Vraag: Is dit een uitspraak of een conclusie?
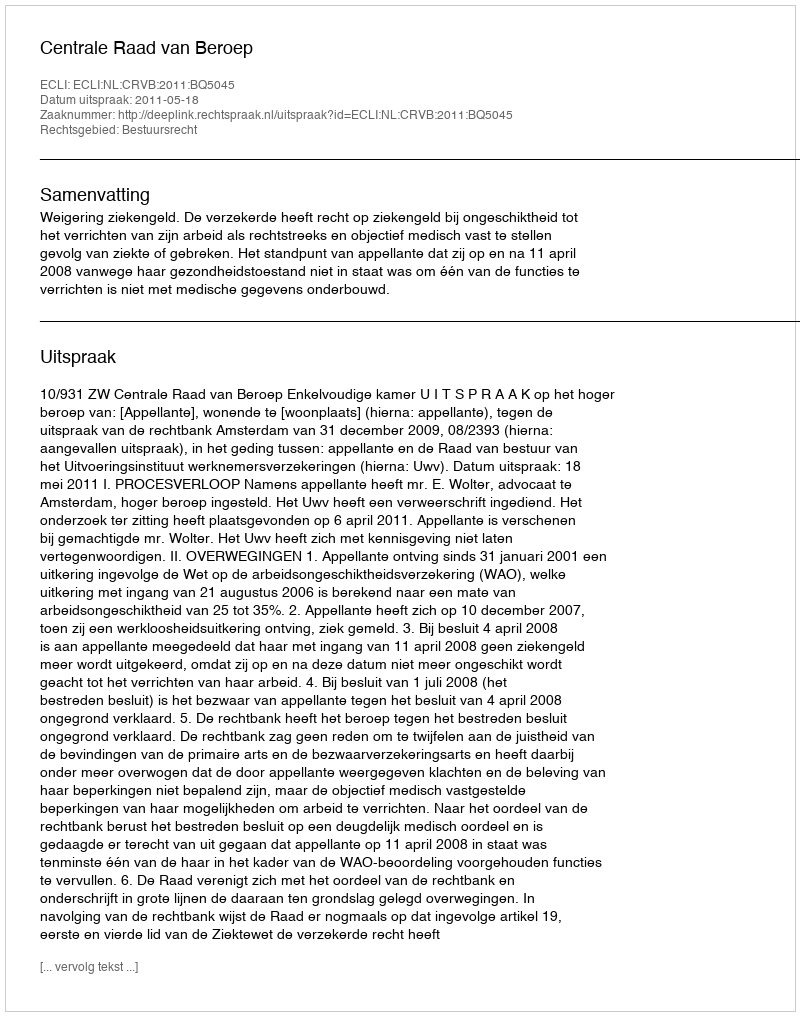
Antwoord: Uitspraak